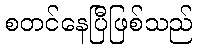
စတင်နေပြီဖြစ်သည်